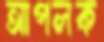
আপলক